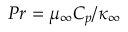
P r = \mu _ { \infty } C _ { p } / \kappa _ { \infty }